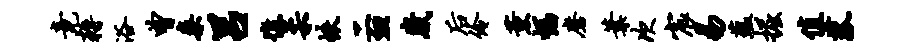
竟耨浴曾案吕憔柔帙二血崴後伶薰幅磨叶次宸易蕴掘值菰